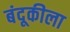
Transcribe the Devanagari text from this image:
बंदूकीला